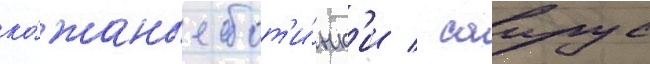
ко́жаные бот'и́нк'и / саирус